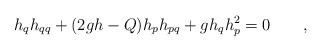
\begin{align*} h_qh_{qq}+(2gh-Q)h_ph_{pq}+ gh_qh_p^2=0\qquad,\end{align*}